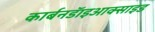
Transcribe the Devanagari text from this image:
कार्बनडॅाइआक्साइड